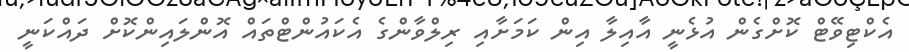
އެކްޓިވޭޓް ކޮށްގެން އުޅެނީ އާއިލާ އިން ކަމަށާއި ރިލްވާންގެ އެކައުންޓްތައް އޮންލައިންކޮށް ދައްކަނީ